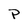
Character: P